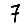
Digit: 7